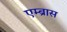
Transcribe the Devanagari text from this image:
एम्ब्रास